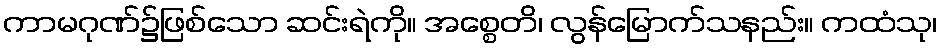
ကာမဂုဏ်၌ဖြစ်သော ဆင်းရဲကို။ အစ္စေတိ၊ လွန်မြောက်သနည်း။ ကထံသု၊